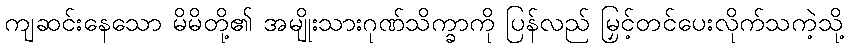
ကျဆင်းနေသော မိမိတို့၏ အမျိုးသားဂုဏ်သိက္ခာကို ပြန်လည် မြှင့်တင်ပေးလိုက်သကဲ့သို့